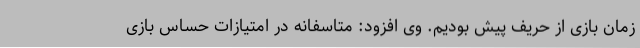
زمان بازی از حریف پیش بودیم. وی افزود: متاسفانه در امتیازات حساس بازی